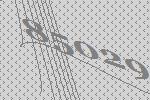
85029